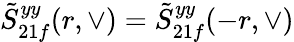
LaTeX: \tilde{S}_{21f}^{yy}(r,\vee)=\tilde{S}_{21f}^{yy}(-r,\vee)